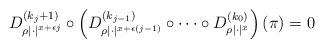
LaTeX: \begin{align*}D_{\rho|\cdot|^{x+\epsilon j}}^{(k_{j}+1)} \circ\left( D_{\rho|\cdot|^{x+\epsilon (j-1)}}^{(k_{j-1})} \circ \dots \circ D_{\rho|\cdot|^x}^{(k_0)}\right)(\pi) = 0\end{align*}